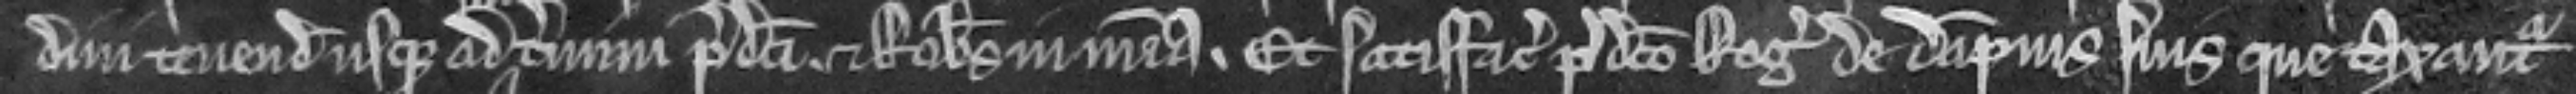
dini tenenda usque ad finem termini predicti et Robertus in misericordia. Et satisfaciat predicto Rogero de dampnis suis que taxantur